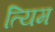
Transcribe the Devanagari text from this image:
त्यिम